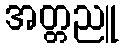
အတ္တညူ